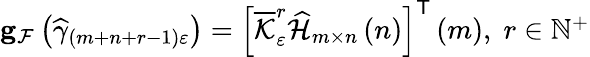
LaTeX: \begin{array}{r}{\mathbf{g}_{\mathcal{F}}\left(\widehat{\gamma}_{\left(m+n+r-1\right)\varepsilon}\right)=\left[\overline{{\mathcal{K}}}_{\varepsilon}^{r}\widehat{\mathcal{H}}_{m\times n}\left(n\right)\right]^{\mathsf{T}}\left(m\right),\; r\in\mathbb{N}^{+}}\end{array}